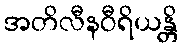
အတိလီနဝီရိယန္တိ